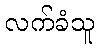
လက်ခံသူ